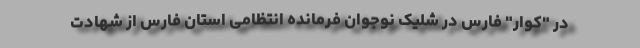
در "کوار" فارس در شلیک نوجوان فرمانده انتظامی استان فارس از شهادت